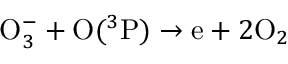
\mathrm O _ { 3 } ^ { - } + \mathrm O ( ^ { 3 } \mathrm P ) \to \mathrm e + 2 \mathrm O _ { 2 }